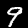
Digit: 9